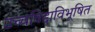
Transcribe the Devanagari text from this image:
उच्चविद्दाविभूषित